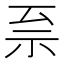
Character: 𫀀